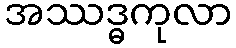
အဿဒ္ဓကုလာ